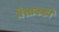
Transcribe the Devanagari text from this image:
वेसाक्को